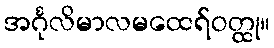
အင်္ဂုလိမာလမထေရ်ဝတ္ထု။